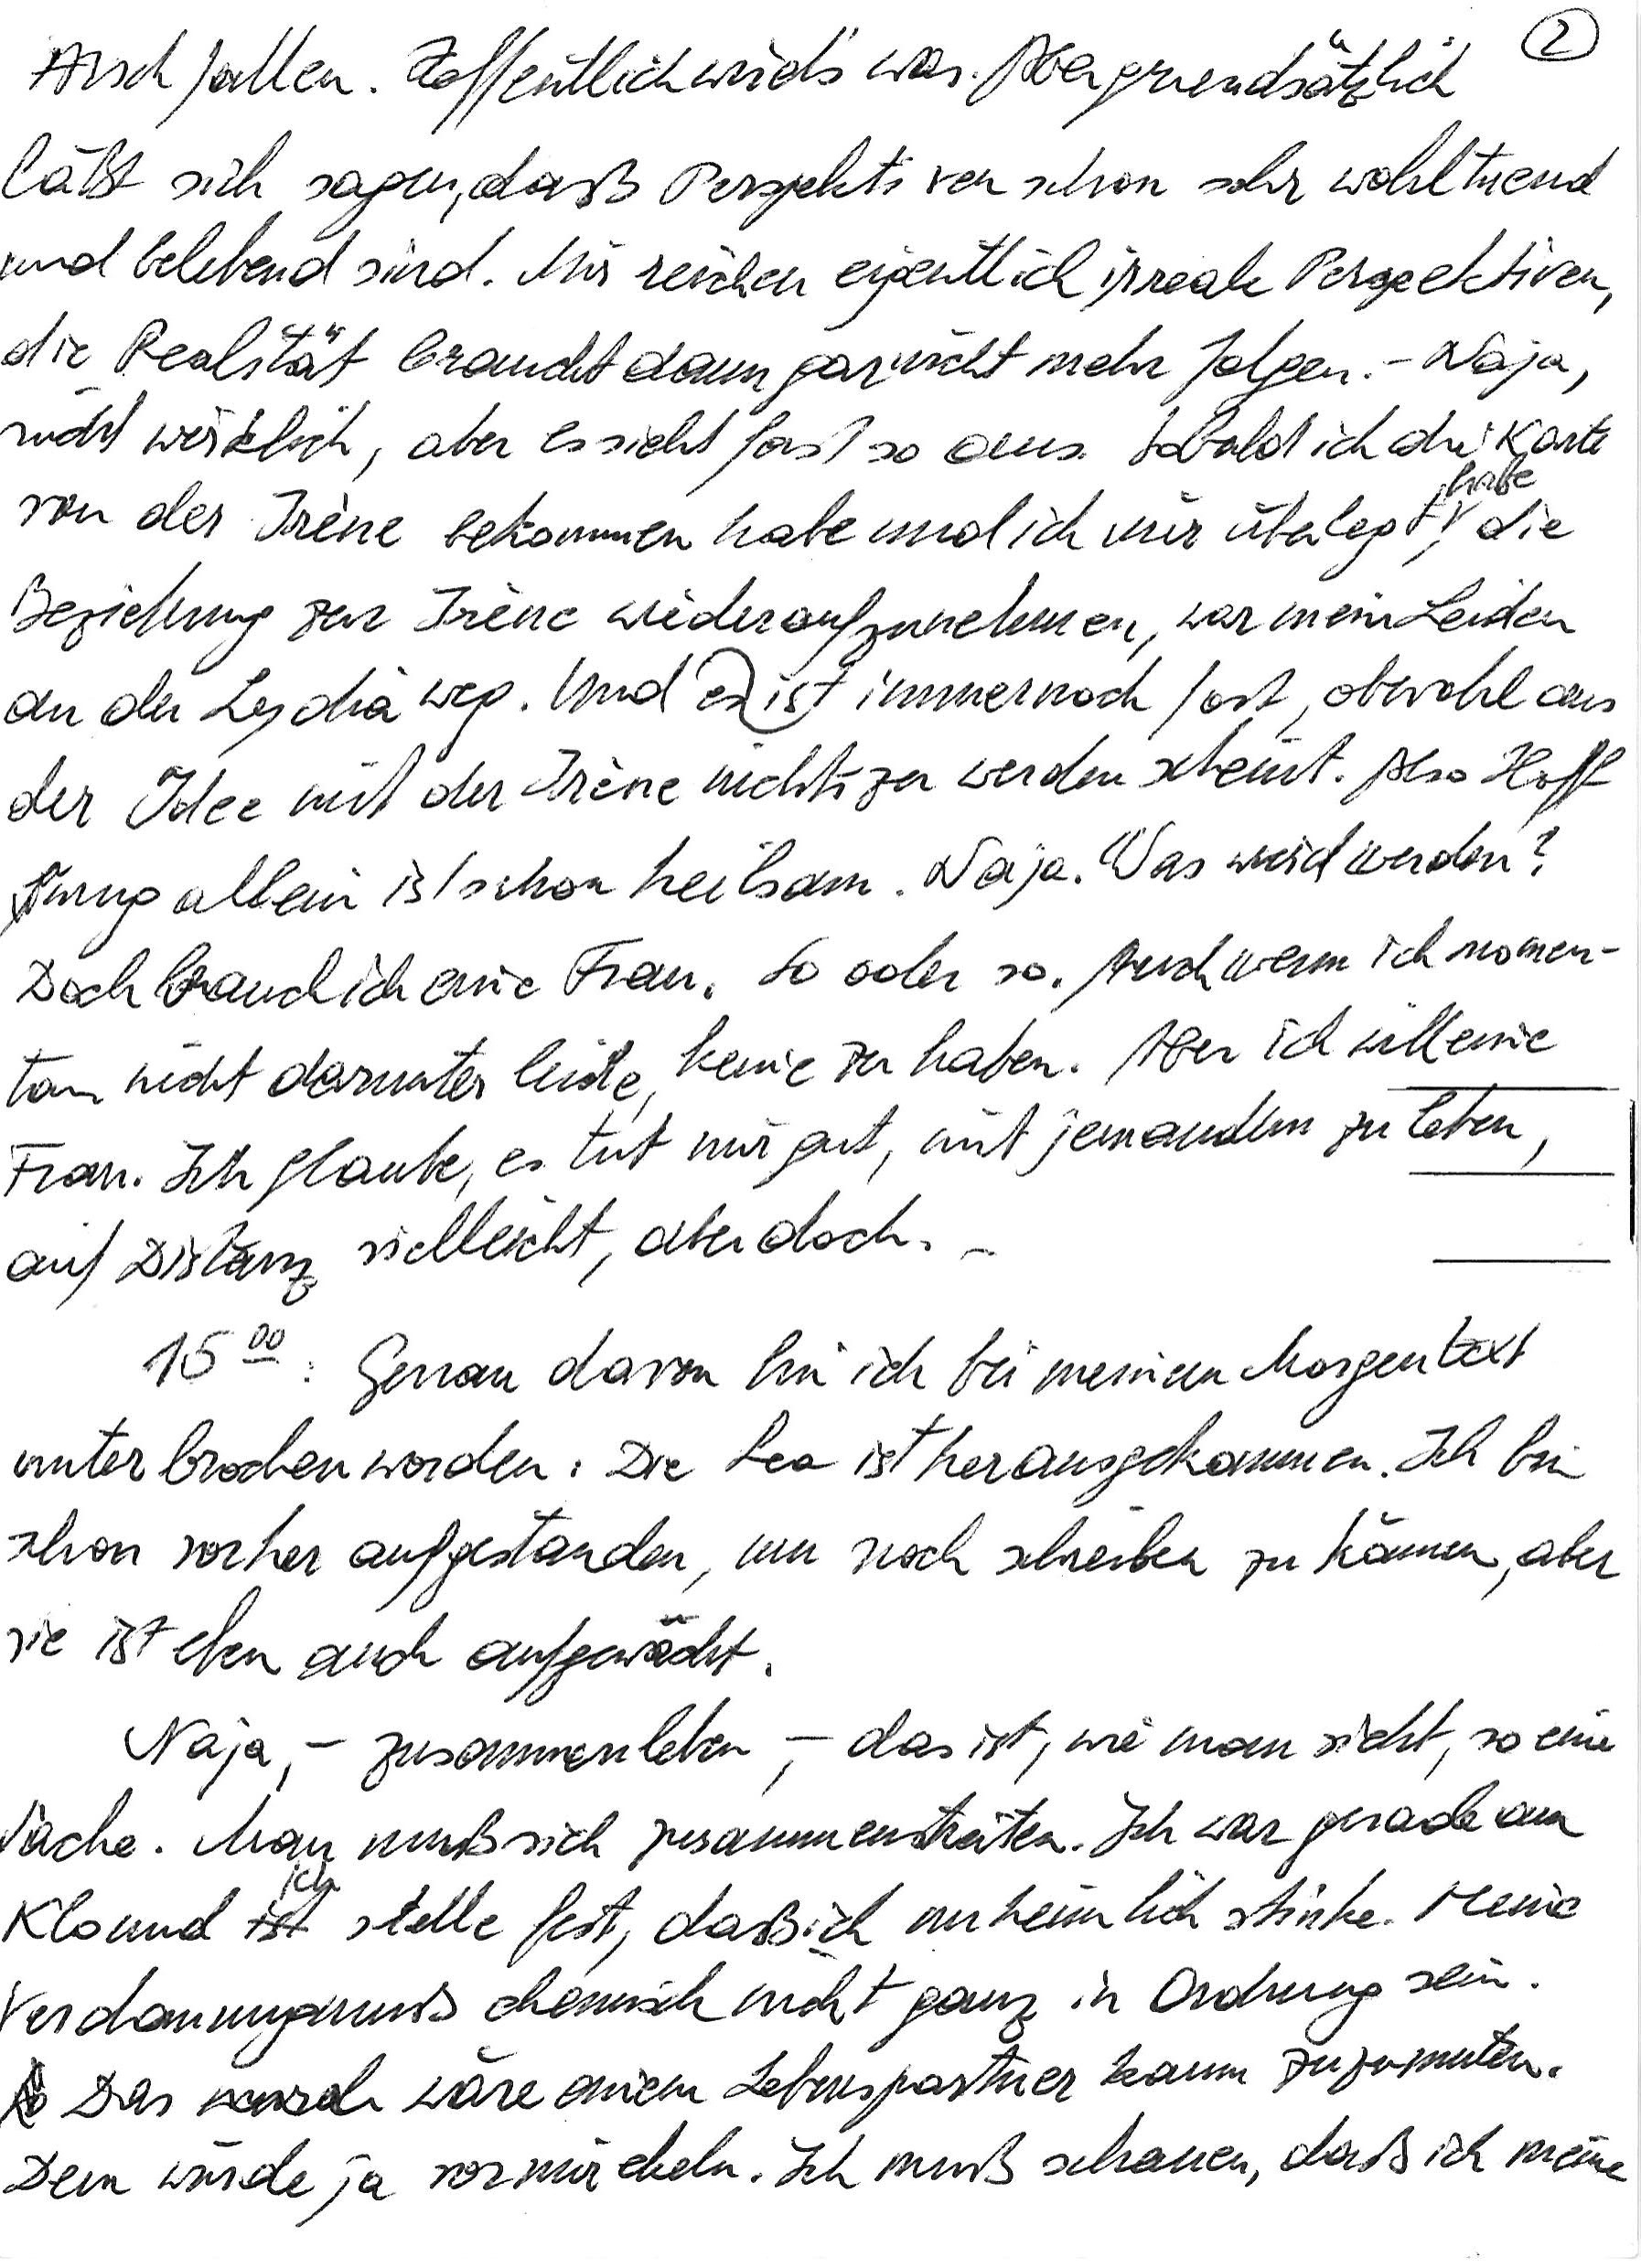
Arsch fallen. Hoffentlich wird’s was. Aber grundsätzlich
läßt sich sagen, daß Perspektiven schon sehr wohltuend
und belebend sind. Mir reichen eigentlich irreale Perspektiven,
die Realität braucht dann gar nicht mehr folgen. – Naja,
nicht wirklich, aber es sieht fast so aus. Sobald ich die Karte
von der Irène bekommen habe und ich mir überlegt habe, die
Beziehung zur Irène wiederaufzunehmen, war mein Leiden
an der Lydia weg. Und ist es immer noch fast, obwohl aus
der Idee mit der Irène nichts zu werden scheint. Also Hoff-
nung allein ist schon heilsam. Naja. Was wird werden?
Doch brauch ich eine Frau. So oder so. Auch wenn ich momen-
tan nicht darunter leide, keine zu haben. Aber ich will eine
Frau. Ich glaube, es tut mir gut, mit jemandem zu leben,
auf Distanz vielleicht, aber doch.
15OO: Genau davon bin ich bei meinem Morgentext
unterbrochen worden: Die Lea ist herausgekommen. Ich bin
schon vorher aufgestanden, um noch schreiben zu können, aber
sie ist eben auch aufgewacht.
Naja, – zusammenleben, – das ist, wie man sieht, so eine
Sache. Man muß sich zusammenstreiten. Ich war gerade am
Klo und ich stelle fest, daß ich unheimlich stinke. Meine
Verdauung muß chemisch nicht ganz in Ordnung sein.
Das wäre einem Lebenspartner kaum zuzumuten.
Dem würde ja vor mir ekeln. Ich muß schauen, daß ich meine